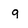
Character: q